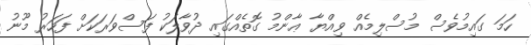
ހަމަ ގައިމުވެސް މުސްލިމެއް ވިއްޔާ ޢާންމު ގޮތެއްގައި ދުވާލަކު ފަސްވަރަކަށް ފަހަރު މޫނު